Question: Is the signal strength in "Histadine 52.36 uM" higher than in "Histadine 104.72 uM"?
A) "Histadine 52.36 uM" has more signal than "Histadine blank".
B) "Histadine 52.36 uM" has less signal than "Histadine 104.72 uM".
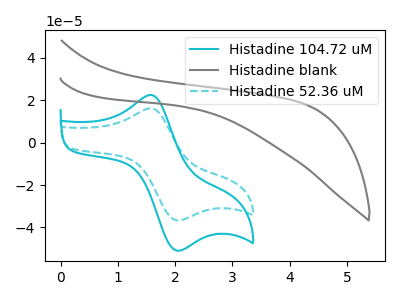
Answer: <think>The cyan curve "Histadine 104.72 uM" has an anodic peak at (1.55V, 22.50uA) and a cathodic peak at (2.00V, -50.75uA). The gray curve "Histadine blank" has no peaks. The cyan dashed curve "Histadine 52.36 uM" has an anodic peak at (1.55V, 16.20uA) and a cathodic peak at (2.00V, -36.50uA).
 All the peaks in "Histadine 52.36 uM" have a peak in "Histadine 104.72 uM" at the same potential. Every peak in "Histadine 52.36 uM" is lower than every peak in "Histadine 104.72 uM".</think>
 <answer>B) "Histadine 52.36 uM" has less signal than "Histadine 104.72 uM".</answer>
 <eval>B</eval>